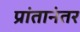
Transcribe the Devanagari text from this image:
प्रांतानंतर